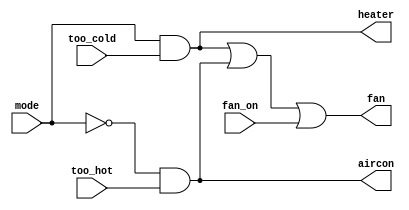
module top_module (
    input too_cold,
    input too_hot,
    input mode,
    input fan_on,
    output heater,
    output aircon,
    output fan
); 
    // Reminder: The order in which you write assign statements doesn't matter. 
	// assign statements describe circuits, so you get the same circuit in the end
	// regardless of which portion you describe first.

	// Fan should be on when either heater or aircon is on, and also when requested to do so (fan_on = 1).
	assign fan = heater | aircon | fan_on;
	
	// Heater is on when it's too cold and mode is "heating".
	assign heater = (mode & too_cold);
	
	// Aircon is on when it's too hot and mode is not "heating".
	assign aircon = (~mode & too_hot);
	
	// * Unlike real thermostats, there is no "off" mode here.
    
endmodule